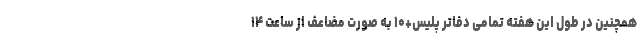
همچنین در طول این هفته تمامی دفاتر پلیس+۱۰ به صورت مضاعف از ساعت ۱۴